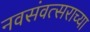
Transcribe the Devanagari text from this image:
नवसंवत्सराच्या